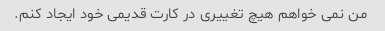
من نمی خواهم هیچ تغییری در کارت قدیمی خود ایجاد کنم.